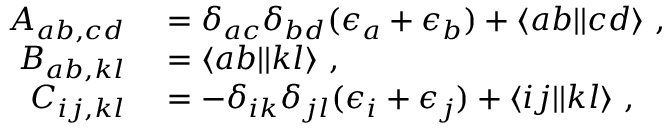
\begin{array} { r l } { A _ { a b , c d } } & { { } = \delta _ { a c } \delta _ { b d } ( \epsilon _ { a } + \epsilon _ { b } ) + \langle a b | | c d \rangle \mathrm { ~ , ~ } } \\ { B _ { a b , k l } } & { { } = \langle a b | | k l \rangle \mathrm { ~ , ~ } } \\ { C _ { i j , k l } } & { { } = - \delta _ { i k } \delta _ { j l } ( \epsilon _ { i } + \epsilon _ { j } ) + \langle i j | | k l \rangle \mathrm { ~ , ~ } } \end{array}